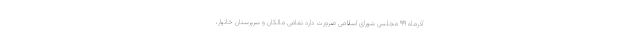
آذرماه ۹۹ مجلس شورای اسلامی ضرورت دارد تمامی مالکان و سرپرستان خانوار،